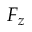
F _ { z }